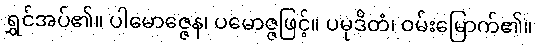
ရွှင်အပ်၏။ ပါမောဇ္ဇေန၊ ပမောဇ္ဇဖြင့်။ ပမုဒိတံ၊ ဝမ်းမြောက်၏။